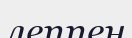
леппен